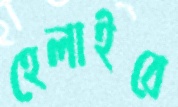
হেলাইবে